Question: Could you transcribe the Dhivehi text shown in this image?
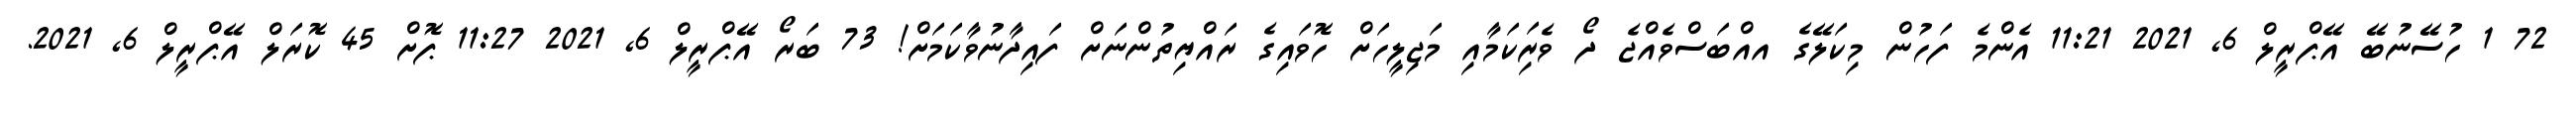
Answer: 72 1 ހުސޭނުބޭ އޭޕްރީލް 6, 2021 11:21 އެންމެ ފަހުން މިކަލޭގެ އއްބަސްވެއްޖެ ދޯ ވެރިަކަމާއި މަޖިލީހަށް ހޮވައިގެ ރައްޔިތުންނަށް ފައިދާނުވާކަމަށް! 73 ބަރޯ އޭޕްރީލް 6, 2021 11:27 ޕޮށް 45 ކޮރަލް އޭޕްރީލް 6, 2021.